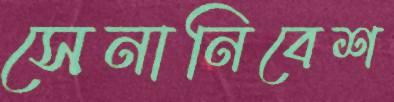
সেনানিবেশ